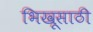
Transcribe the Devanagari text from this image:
भिखूसाठी